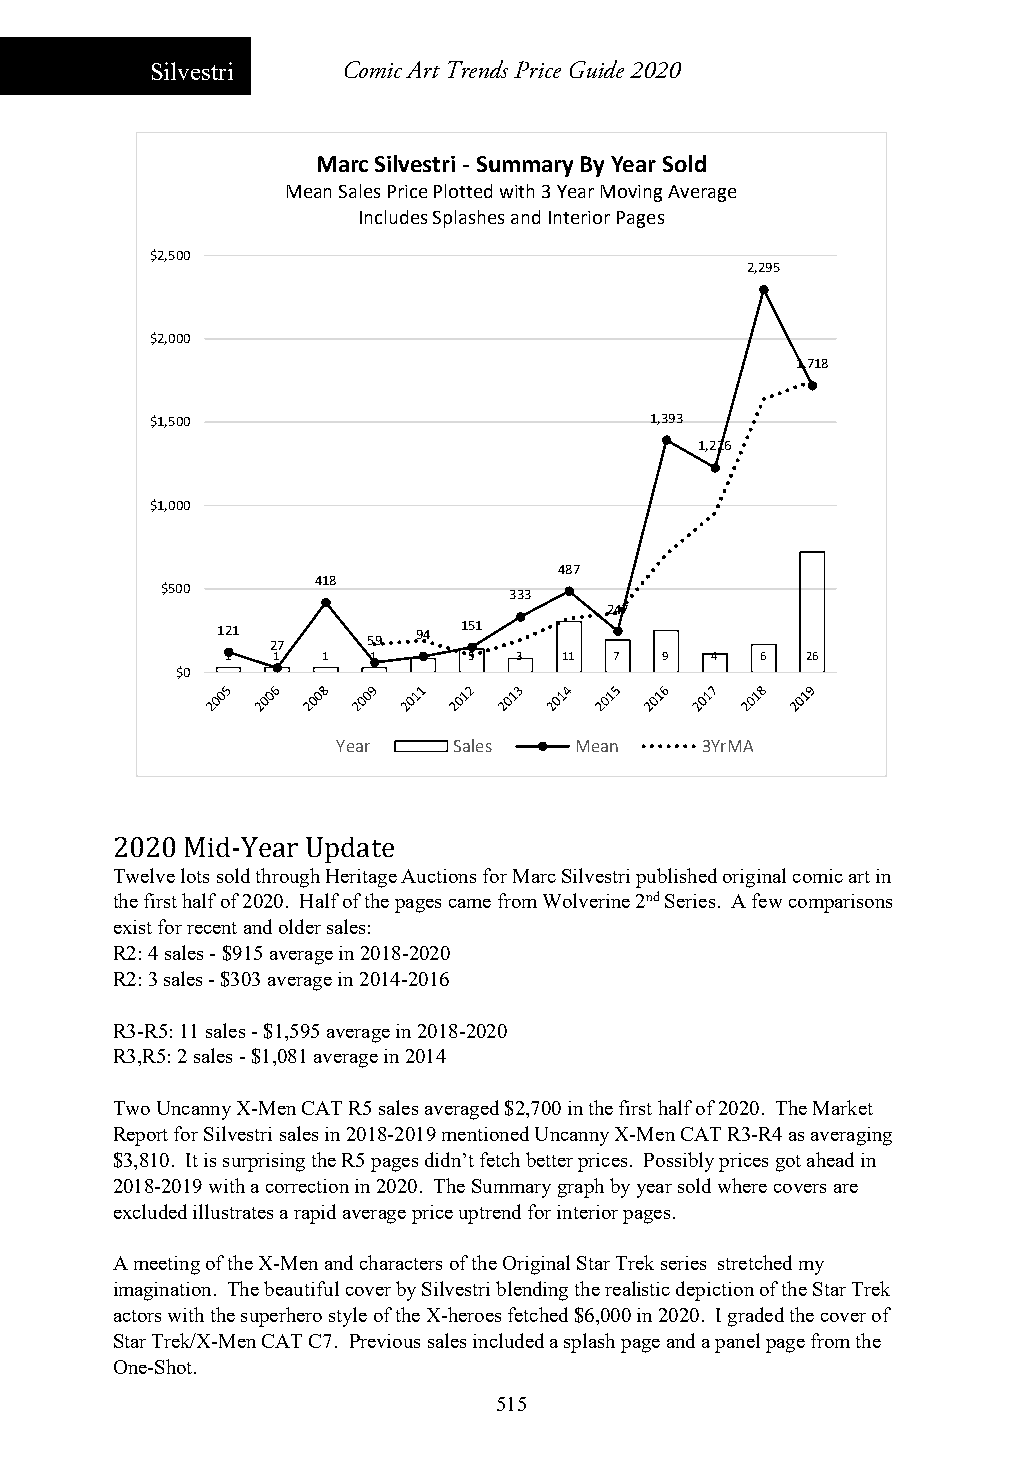
Silvestri    Comic Art Trends Price Guide 2020
 Marc Silvestri ‐Summary By Year Sold
 Mean Sales Price Plotted with 3 Year Moving Average
 Includes Splashes and Interior Pages
 $2,500
 2,295
 $2,000
 1,718
 $1,500                           1,393
 1,226
 $1,000
 487
 418
 $500
 333
 247
 121 27    59  94 151
 1  1  1   1  3  5  3  11  7  9  4  6  26
 $0
 Year    Sales   Mean    3YrMA
 2020 Mid-Year Update
 Twelve lots sold through Heritage Auctions for Marc Silvestri published original comic art in
 the first half of 2020. Half of the pages came from Wolverine 2nd Series. A few comparisons
 exist for recent and older sales:
 R2: 4 sales - $915 average in 2018-2020
 R2: 3 sales - $303 average in 2014-2016
 R3-R5: 11 sales - $1,595 average in 2018-2020
 R3,R5: 2 sales - $1,081 average in 2014
 Two Uncanny X-Men CAT R5 sales averaged $2,700 in the first half of 2020. The Market
 Report for Silvestri sales in 2018-2019 mentioned Uncanny X-Men CAT R3-R4 as averaging
 $3,810. It is surprising the R5 pages didn’t fetch better prices. Possibly prices got ahead in
 2018-2019 with a correction in 2020. The Summary graph by year sold where covers are
 excluded illustrates a rapid average price uptrend for interior pages.
 A meeting of the X-Men and characters of the Original Star Trek series stretched my
 imagination. The beautiful cover by Silvestri blending the realistic depiction of the Star Trek
 actors with the superhero style of the X-heroes fetched $6,000 in 2020. I graded the cover of
 Star Trek/X-Men CAT C7. Previous sales included a splash page and a panel page from the
 One-Shot.
 515